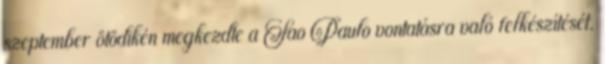
szeptember ötödikén megkezdte a Sao Paulo vontatásra való felkészítését.